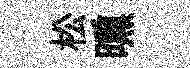
松曛